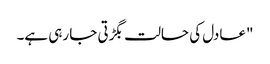
"عادل کی حالت بگڑتی جا رہی ہے۔